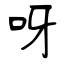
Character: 呀